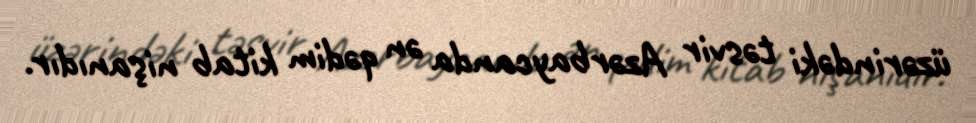
üzərindəki təsvir Azərbaycanda ən qədim kitab nişanıdır.